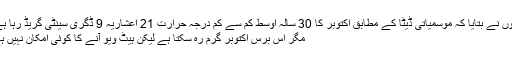
انہوں نے بتایا کہ موسمیاتی ڈیٹا کے مطابق اکتوبر کا 30 سالہ اوسط کم سے کم درجہ حرارت 21 اعشاریہ 9 ڈگری سینٹی گریڈ رہا ہے-
مگر اس برس اکتوبر گرم رہ سکتا ہے لیکن ہیٹ ویو آنے کا کوئی امکان نہیں ہے۔